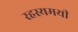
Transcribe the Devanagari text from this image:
रहस्‍यमयी